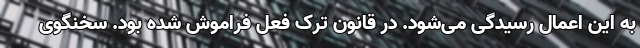
به این اعمال رسیدگی می‌شود. در قانون ترک فعل فراموش شده بود. سخنگوی